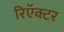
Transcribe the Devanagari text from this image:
रिऍक्टर